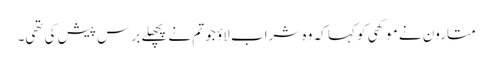
متارون نے موکھی کو کہا کہ وہ شراب لاؤ جو تم نے پچھلے برس پیش کی تھی۔